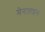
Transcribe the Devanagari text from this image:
मेनज़ाइस